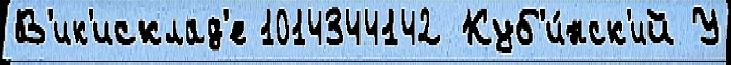
В'ик'исклад'е 1014344142 Куб'и́нск'ий У